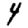
Digit: 4